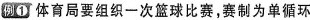
例1 体育局要组织一次篮球比赛，赛制为单循环